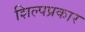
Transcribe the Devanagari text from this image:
शिल्पप्रकार